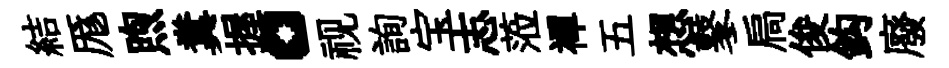
結厖煦糞握。视詢宝志蒞襌五想鼕扃俊鈎廢